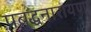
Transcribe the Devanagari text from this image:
प्रब्रुद्धनारायणा